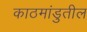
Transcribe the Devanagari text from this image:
काठमांडुतील